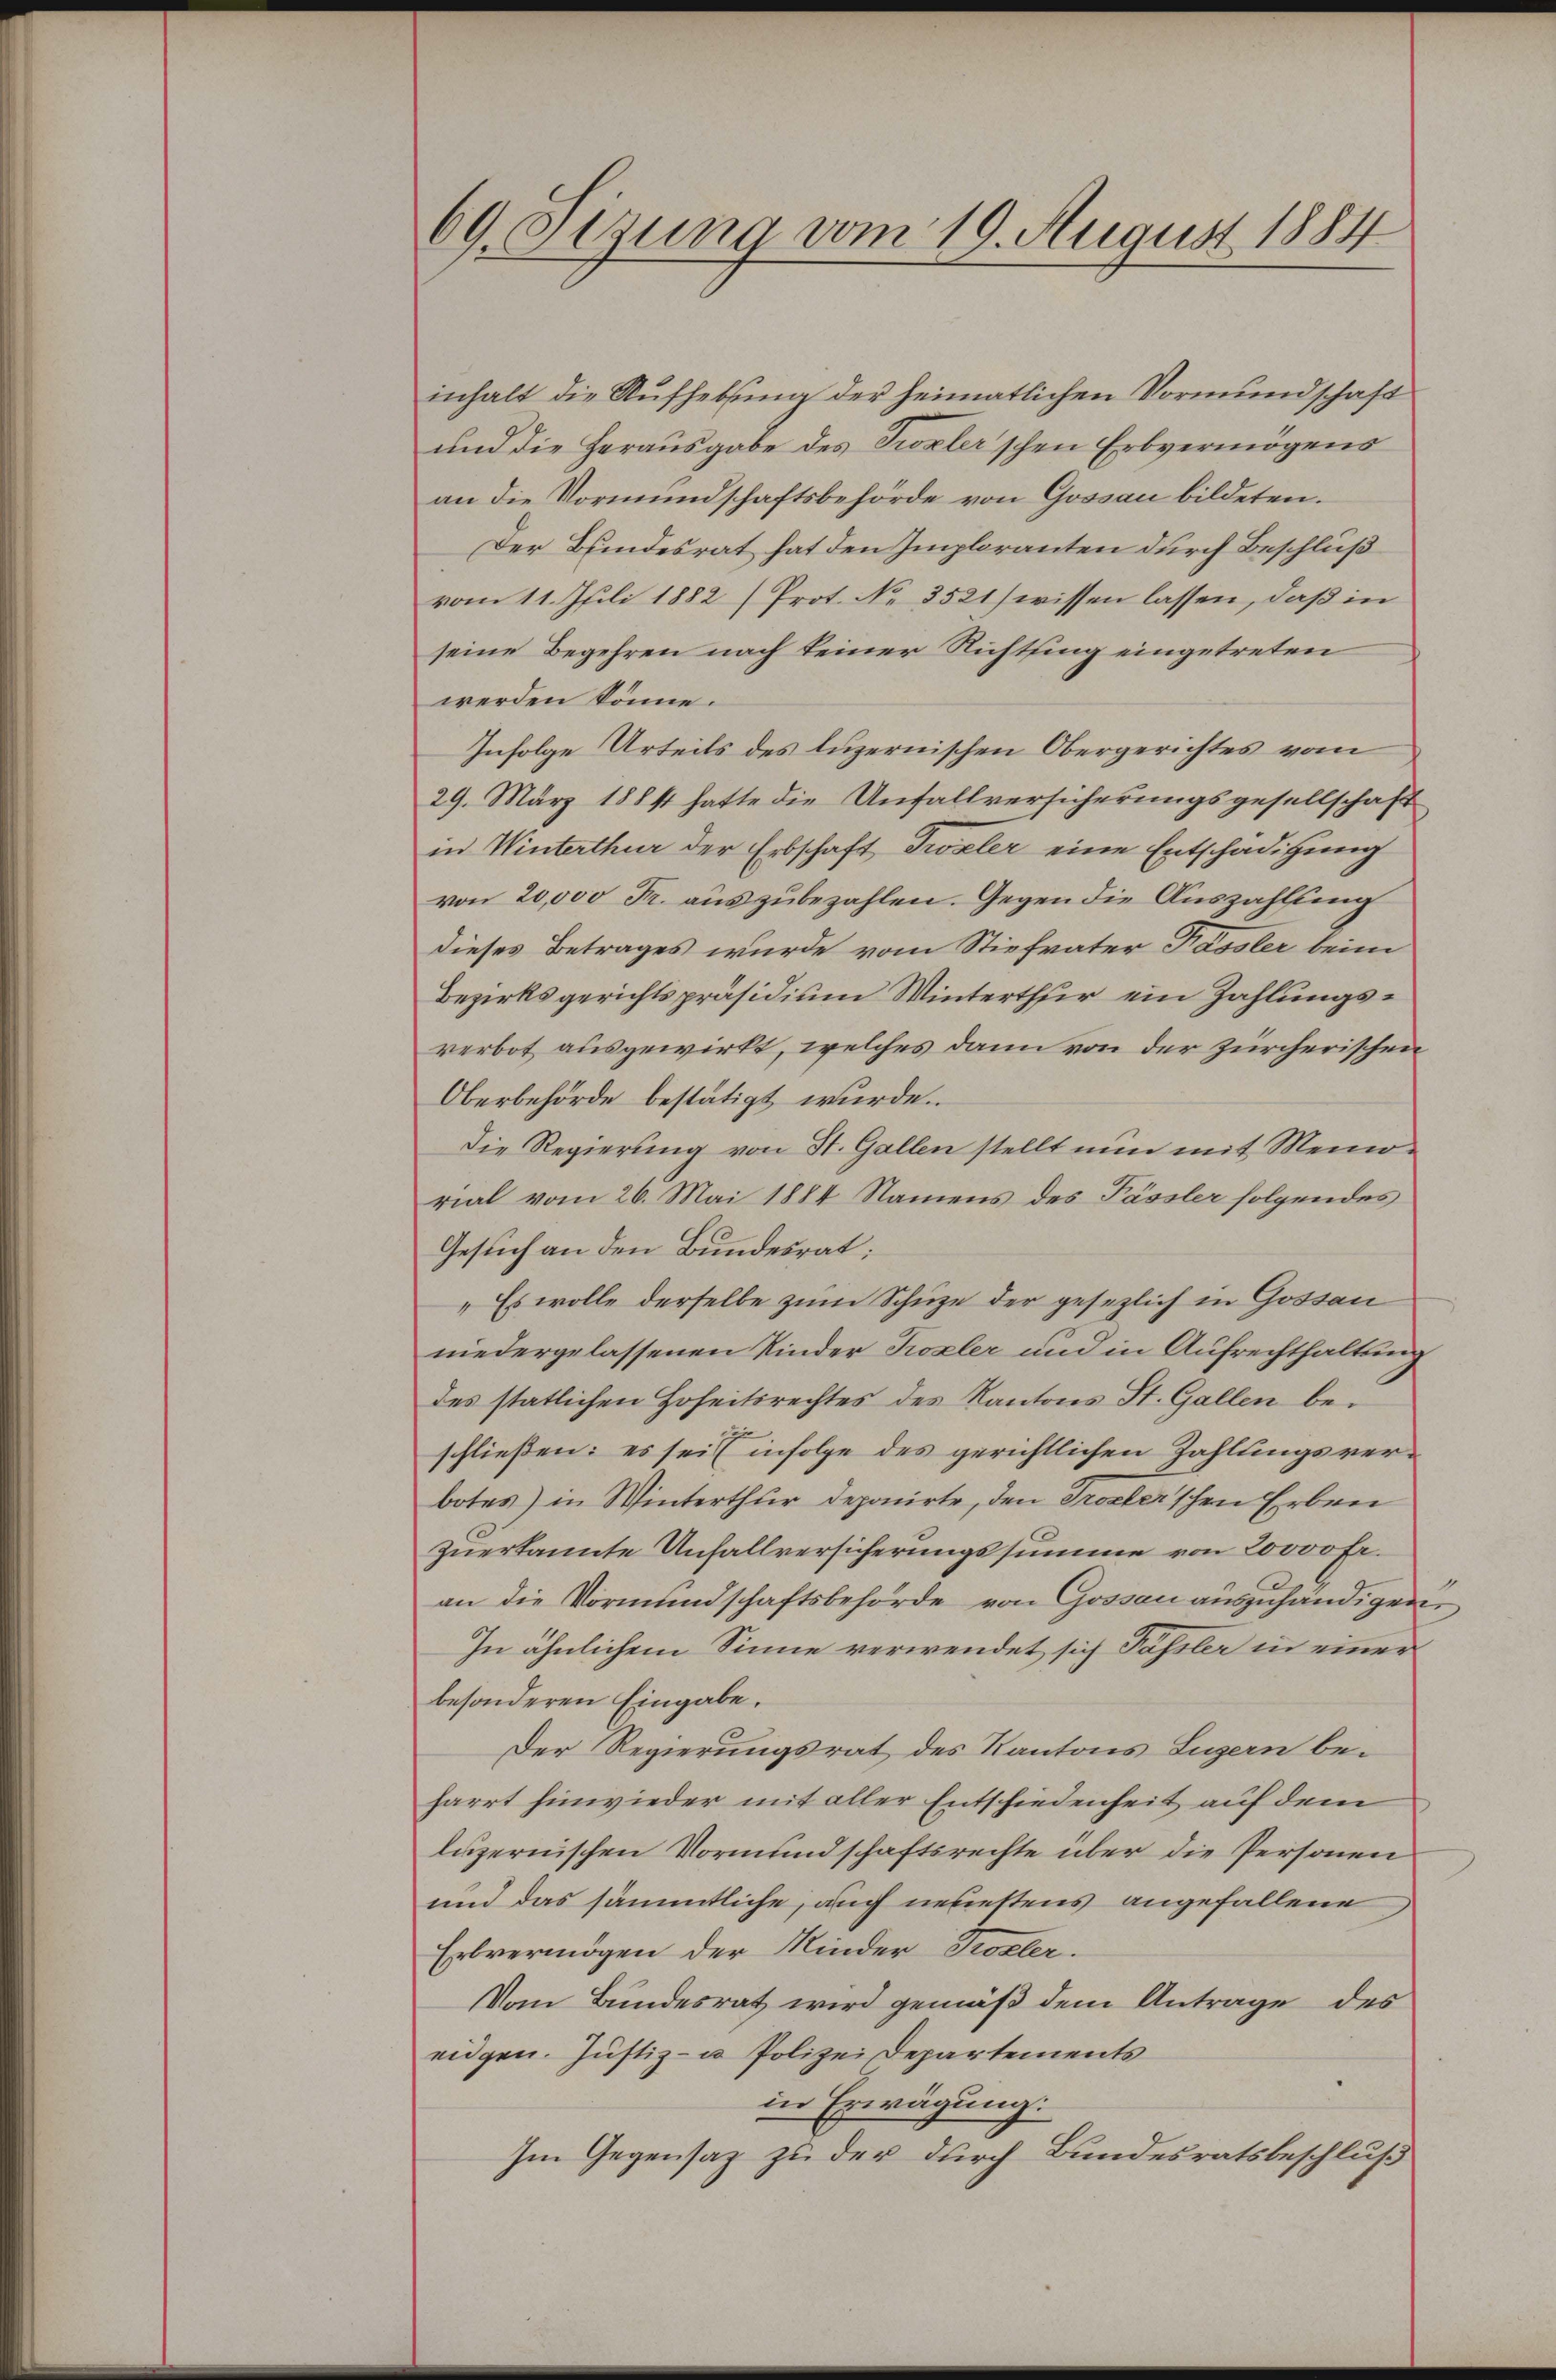
69. Segung vom 19. August 1884

inhalt die Aufhebung der heimatlichen Vormundschaft
und die Herausgabe des Trexler’schen Erbvermögens
an die Vormundschaftsbehörde von Gossau bildeten.
Der Bundesrat hat den Imploranten durch Beschluß
vom 11. Juli 1882 (Prot. No 3521/ wissen lassen, daß in
seine Begehren nach keiner Richtsing eingetreten
werden könne.
Infolge Urteils des luzernischen Obergerichtes vom
29. März 1884 hatte die Anfallversicherungsgesellschaft
in Winterthur der Erbschaft, Trozler eine Entschädigung
von 20,000 Fr. aus zubezahlen. Gegen die Auszahlung
dieses Betrages wurde vom Stiefvater Fassler beim
Bezirksgerichtspräsidium Winterthur ein Zahlungsverbot ausgewirkt, welches dann von der zürcherischen
Oberbehörde bestätigt wurde.
Die Regierung von St. Gallen stellt nun mit Memorial vom 26. Mai 1884 Namens des Pässler folgendes
Gesuch an den Bundesrat:
„Es wolle derselbe zum Schuze der gesezlich in Gossau
niedergelassenen Kinder Kozler und in Aufrechthaltung
des statlichen Hoheitsrechtes des Kantons St. Gallen beschließen: es sei infolge des gerichtlichen Zahlungsverbotes) in Winterthur deponirte, den Procler'schen Erben
zuerkannte Unfallversicherungssumme von 20000 Fr.
an die Vormundschaftsbehörde von Gossau auszuhändigen
In ähnlichem Sinne verwendet sich Passler in einer
besonderen Eingabe.
Der Regierungsrat des Kantons Luzern beharrt hinwieder mit aller Entschiedenheit auf dem
luzernischen Vormundschaftsrechte über die Personen
und das sämmtliche, auch neuestens angefallene
Erbvermögen der Minder Kozler.
Vom Bundesrat wird gemäß dem Antrage des
eidgen. Justiz- u Polizei Departements
in Erwägung.
Im Gegensatz zu der durch Bundesratsbeschluß